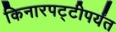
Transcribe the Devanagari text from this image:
किनारपट्टीपर्यंत